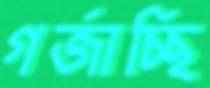
গর্জাচ্ছি